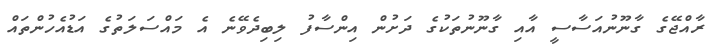
ރާއްޖޭގެ ގާނޫނުއަސާސީ އާއި ގާނޫނުތަކުގެ ދަށުން އިންސާފު ލިބިދެވޭނެ އެ މައްސަލަތުގެ އަޑުއެހުންތައް